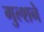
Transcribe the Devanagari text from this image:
गुल्शने